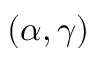
( \alpha , \gamma )